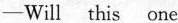
-Will this one